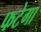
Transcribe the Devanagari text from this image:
फटेगा